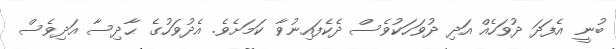
ބުނީ އެފަދަ ދުވަހެއް އަދި ދުވަހަކުވެސް ދެކެފައިނުވާ ކަމަށެވެ. އެދުވަހުގެ ޙާދިސާ އަދިވެސް